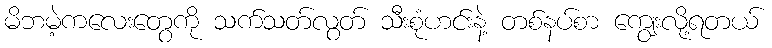
မိဘမဲ့ကလေးတွေကို သက်သတ်လွတ် သီးစုံဟင်းနဲ့ တစ်နပ်စာ ကျွေးလို့ရတယ်